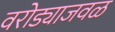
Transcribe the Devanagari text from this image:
वरोड्याजवळ